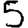
Digit: 5